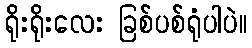
ရိုးရိုးလေး ခြစ်ပစ်ရုံပါပဲ။